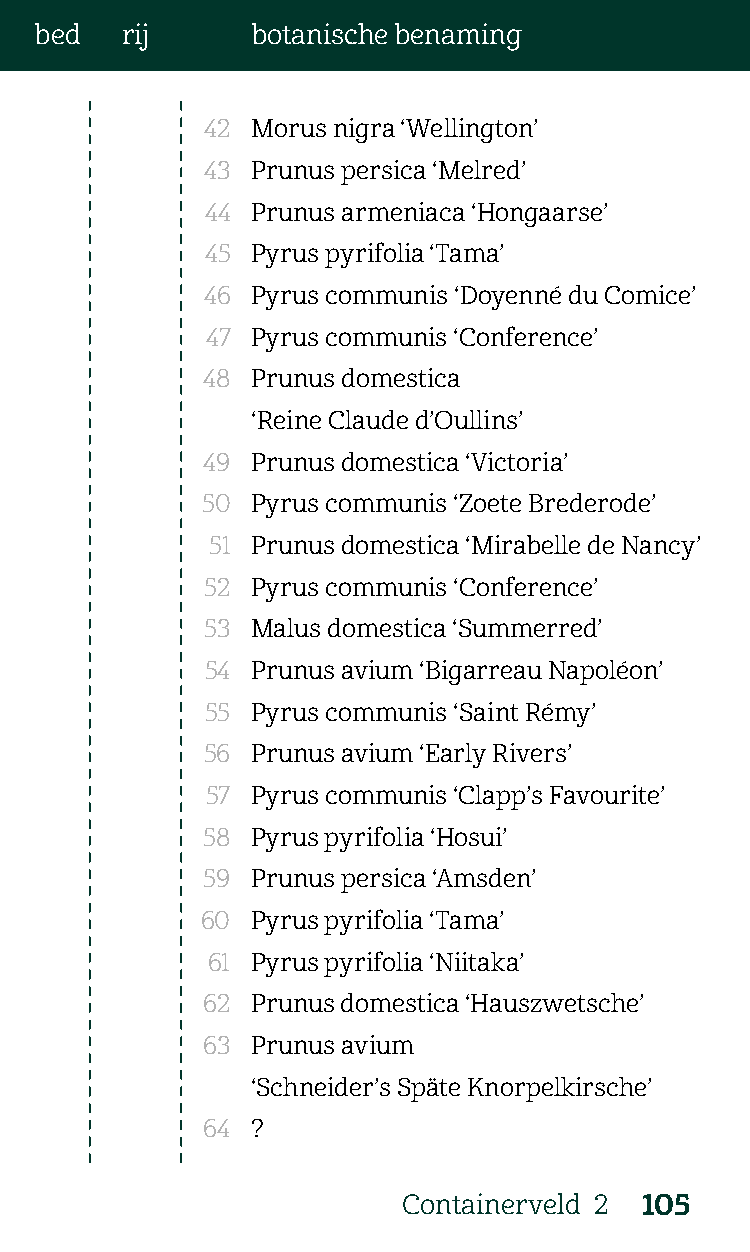
bed   rij      botanische benaming
 42 Morus nigra ‘Wellington’
 43 Prunus persica ‘Melred’
 44 Prunus armeniaca ‘Hongaarse’
 45 Pyrus pyrifolia ‘Tama’
 46  Pyrus communis ‘Doyenné du Comice’
 47 Pyrus communis ‘Conference’
 48  Prunus domestica
 ‘Reine Claude d’Oullins’
 49  Prunus domestica ‘Victoria’
 50  Pyrus communis ‘Zoete Brederode’
 51 Prunus domestica ‘Mirabelle de Nancy’
 52 Pyrus communis ‘Conference’
 53 Malus domestica ‘Summerred’
 54 Prunus avium ‘Bigarreau Napoléon’
 55 Pyrus communis ‘Saint Rémy’
 56  Prunus avium ‘Early Rivers’
 57 Pyrus communis ‘Clapp’s Favourite’
 58  Pyrus pyrifolia ‘Hosui’
 59  Prunus persica ‘Amsden’
 60  Pyrus pyrifolia ‘Tama’
 61 Pyrus pyrifolia ‘Niitaka’
 62  Prunus domestica ‘Hauszwetsche’
 63  Prunus avium
 ‘Schneider’s Späte Knorpelkirsche’
 64  ?
 Containerveld 2 105